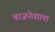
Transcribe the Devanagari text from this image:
बाजनेवाला